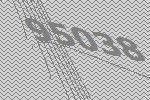
95038